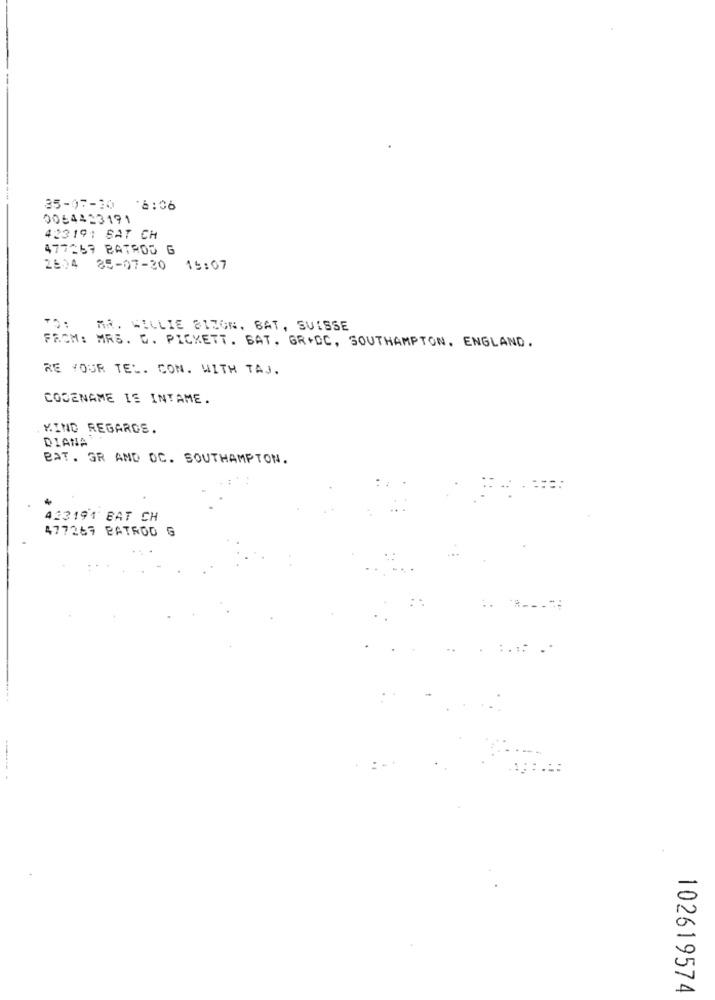
35-07-30 16:06
0064423191
42319: SAT CH
477257 BATROD G
2504 85-07-20 15:07
TO: MR. WILLIE BIZON, BAT, SUISSE
FROM: MRS. G. PICKETT. BAT. GR+DC, SOUTHAMPTON, ENGLAND.
RE YOUR TEL. COM. WITH TAJ.
CODENAME IS INTAME.
KIND REGARDS.
DIANA
BAT. GR AMD OC. SOUTHAMPTON.
423191 BAT CH
477267 BATROD G
102619574